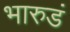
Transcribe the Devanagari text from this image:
भारुडं